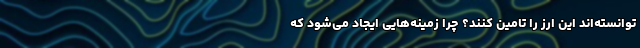
توانسته‌اند این ارز را تامین کنند؟ چرا زمینه‌هایی ایجاد می‌شود که